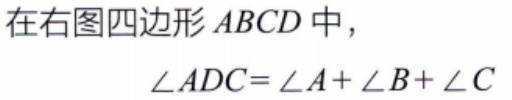
在右图四边形 \(ABCD\) 中，
\(\angle ADC = \angle A+\angle B+\angle C\)